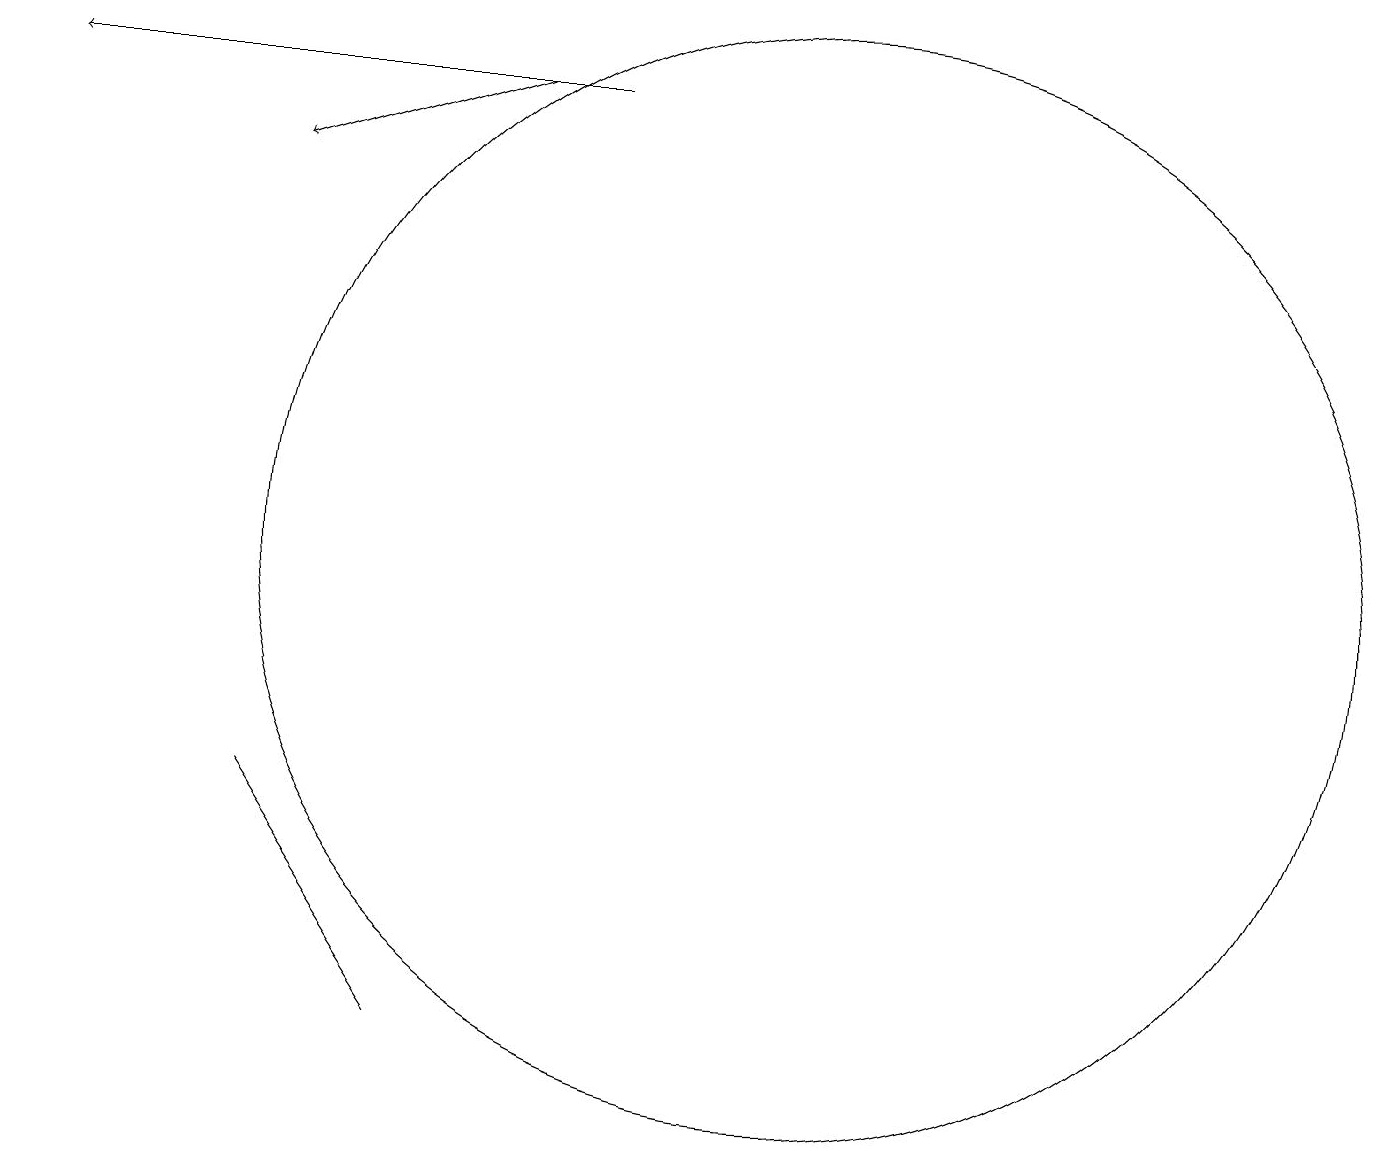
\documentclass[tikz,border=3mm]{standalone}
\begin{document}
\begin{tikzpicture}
\draw[->] (7,16) -- (4,15);
\draw (6,4) -- (6,4) -- (4,7) -- cycle;
\draw (11,10) circle (7);
\draw[->] (8,16) -- (1,16);
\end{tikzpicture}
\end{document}